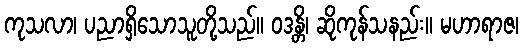
ကုသလာ၊ ပညာရှိသောသူတို့သည်။ ဝဒန္တိ၊ ဆိုကုန်သနည်း။ မဟာရာဇ၊